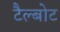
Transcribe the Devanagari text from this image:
टैल्बोट